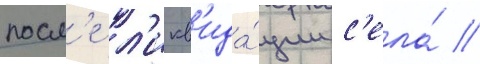
посл'е л'икв'ида́ции с'ела́ /